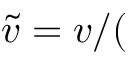
\tilde { v } = v / (